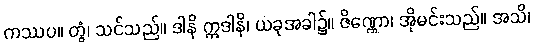
ကဿပ။ တွံ၊ သင်သည်။ ဒါနိ ဣဒါနိ၊ ယခုအခါ၌။ ဇိဏ္ဏော၊ အိုမင်းသည်။ အသိ၊